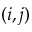
( i , j )